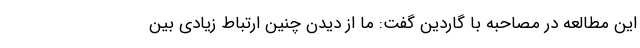
این مطالعه در مصاحبه با گاردین گفت: ما از دیدن چنین ارتباط زیادی بین